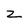
Character: z